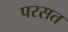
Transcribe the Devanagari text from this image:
परसत